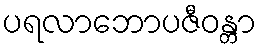
ပရလာဘောပဇီဝန္တာ